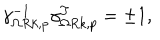
LaTeX: \gamma _ { \Omega R k , p } ^ { - 1 } \gamma _ { \Omega R k , p } ^ { T } = \pm 1 ,